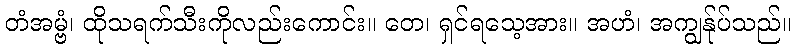
တံအမ္ဗံ၊ ထိုသရက်သီးကိုလည်းကောင်း။ တေ၊ ရှင်ရသေ့အား။ အဟံ၊ အကျွန်ုပ်သည်။